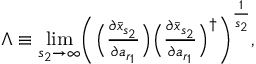
\begin{array} { r } { \Lambda \equiv \underset { s _ { 2 } \rightarrow \infty } { \operatorname* { l i m } } \Biggl ( \Bigl ( \frac { \partial \bar { x } _ { s _ { 2 } } } { \partial a _ { r _ { 1 } } } \Bigr ) \Bigl ( \frac { \partial \bar { x } _ { s _ { 2 } } } { \partial a _ { r _ { 1 } } } \Bigr ) ^ { \dagger } \Biggr ) ^ { \frac { 1 } { s _ { 2 } } } , } \end{array}